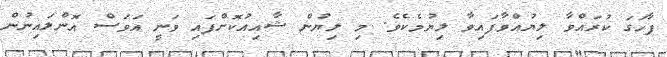
ފާހަގަ ކުރައްވާ ލިޔުއްވާފައިވާ ލިޔުމެކެވެ. މި ލިޔުން ޝާއިއުކޮށްފައި ވަނީ އަވަސް އޮންލައިނުން